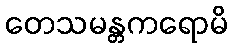
တေသမန္တကရောမိ